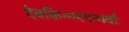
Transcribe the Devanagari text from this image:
देवकिन्नरगन्धर्वाः